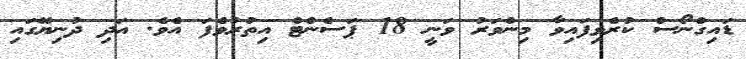
ޑައިގްނޯސް ކުރެވިފައިވާ މިންވަރު ވަނީ 18 ޕަސެންޓް އިތުރުވެފަ އެވެ. އަދި ދުނިޔޭގައި